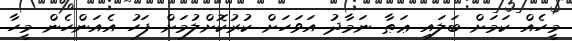
މީހެއް ކަމަށް ބަލައި ޢަޠާ ނަމާދު އަވަހަށް ކުރުކޮށްލުމަށް ފަހު އެއަންހެން މީހާ